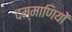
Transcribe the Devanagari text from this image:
दम्माणियों